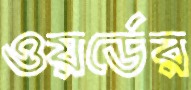
ওয়র্ডের